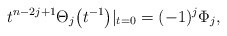
\begin{gather*} t^{n-2j+1} \Theta_j\big(t^{-1}\big) \arrowvert_{t=0}=(-1)^{j} \Phi_j, \end{gather*}